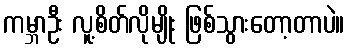
ကမ္ဘာဦး လူ့စိတ်လိုမျိုး ဖြစ်သွားတော့တာပဲ။